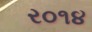
ર૦૧૪